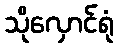
သိုလှောင်ရုံ